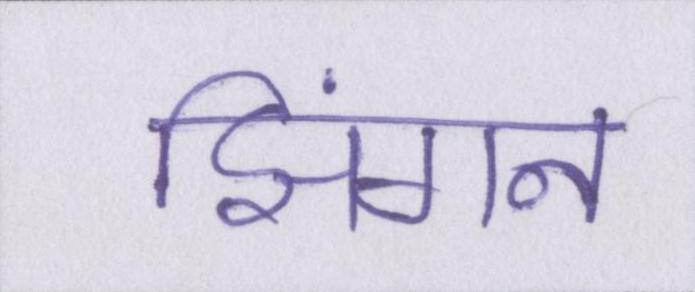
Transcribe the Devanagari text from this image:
झिंगन